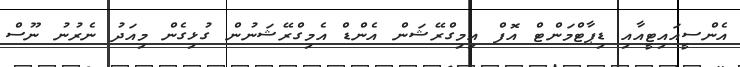
އެންސީއައިޓީއާއި ޑިޕާޓްމަންޓް އޮފް އިމިގްރޭޝަން އެންޑް އެމިގްރޭޝަނުން ގުޅިގެން މިއަދު ނެރުނު ނޫސް